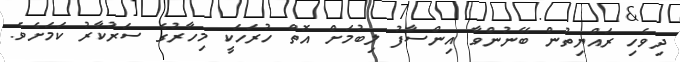
ދިވެހި ރައްޔިތުން ބޭނުންވާ އިންސާފު ލިބުމަށް އޮތް ހުރަހަކީ މިހާރުގެ ސަރުކާރު ކަމަށެވެ.